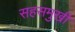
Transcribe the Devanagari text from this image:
सहसमुखी